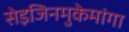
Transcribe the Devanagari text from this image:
सेइजिनमुकेमांगा